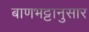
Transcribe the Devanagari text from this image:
बाणभट्टानुसार